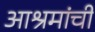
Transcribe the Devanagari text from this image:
आश्रमांची